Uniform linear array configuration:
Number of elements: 64
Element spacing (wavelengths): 0.25
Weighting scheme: exponential
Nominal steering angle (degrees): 0
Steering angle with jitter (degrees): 0.4014
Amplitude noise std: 0.05
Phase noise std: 0.05

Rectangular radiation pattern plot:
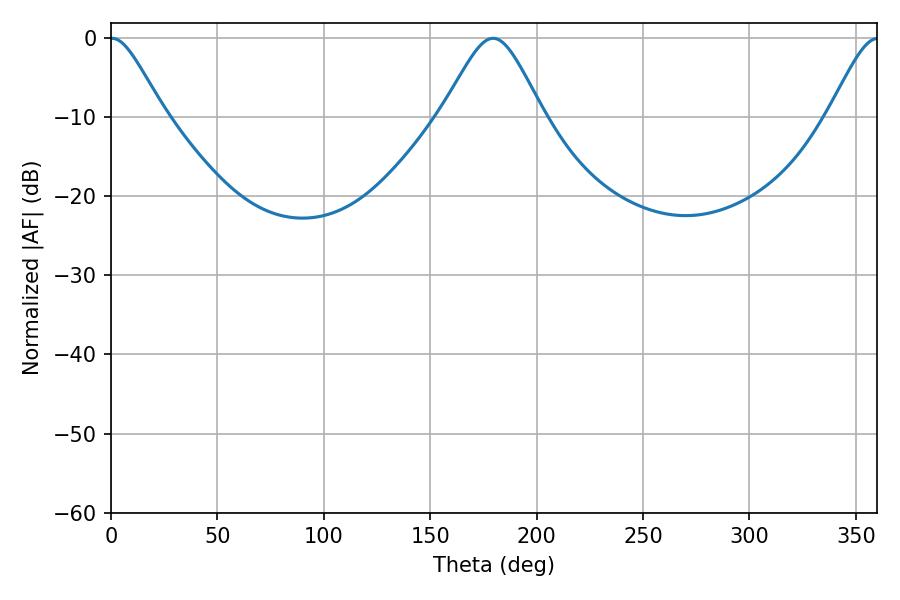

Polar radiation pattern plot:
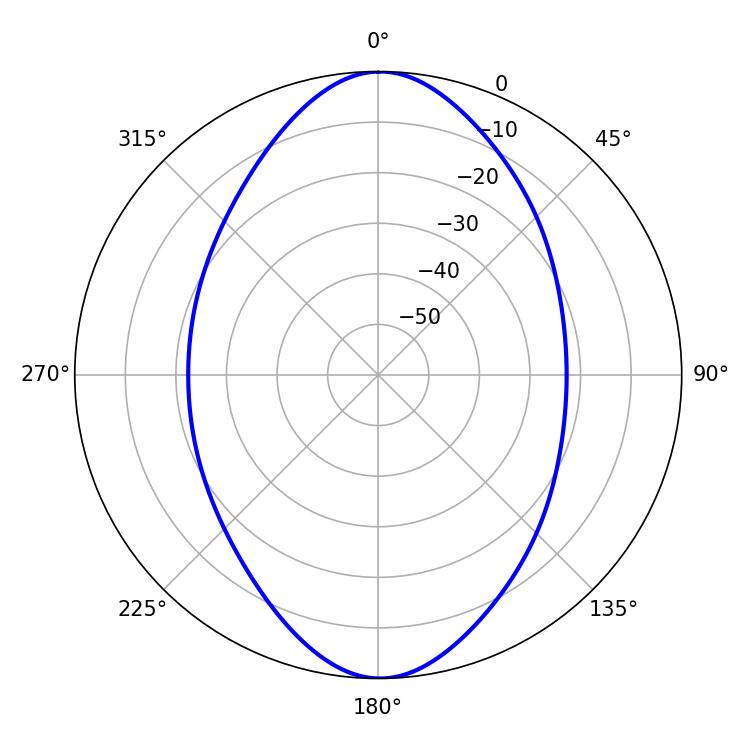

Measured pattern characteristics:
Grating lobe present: FALSE
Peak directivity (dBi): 20.952
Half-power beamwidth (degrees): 12.24
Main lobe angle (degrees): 0.54